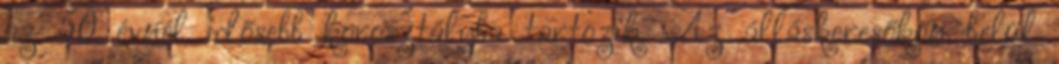
az 50 évnél idősebb korosztályba tartozik. Az álláskeresőkön belül